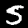
Digit: 5